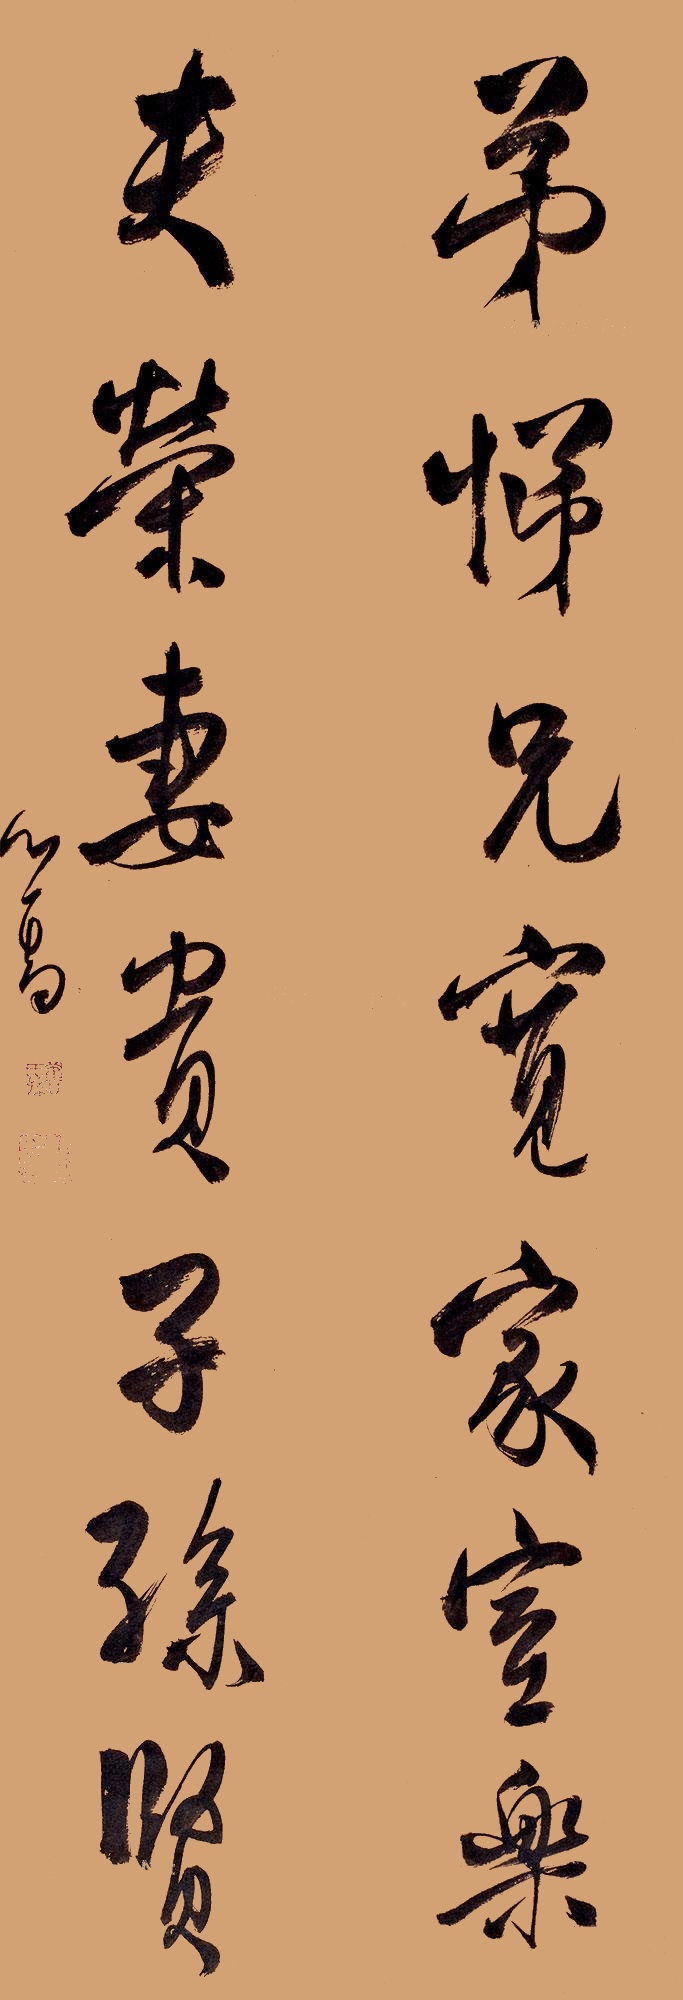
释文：弟悌兄宽家室乐，夫荣妻贵子孙贤。心畬。